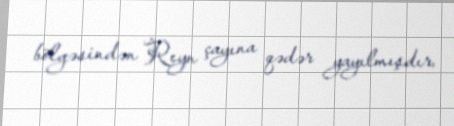
bölgəsindən Reyn çayına qədər yayılmışdır.